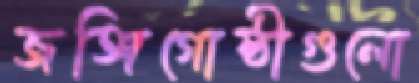
জঙ্গিগোষ্ঠীগুলো